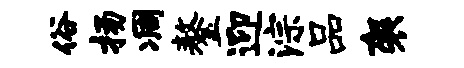
俗扬凋鏊迎淙品袈